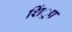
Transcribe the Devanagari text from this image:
शिं्रप